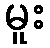
မူး